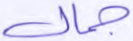
جمال